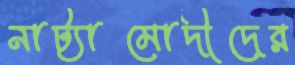
নাট্যামোদীদের